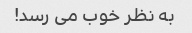
به نظر خوب می رسد!